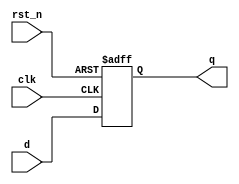
module d_flip_flop (
    input wire clk,      // Clock input
    input wire rst_n,    // Active-low reset input
    input wire d,       // Data input
    output reg q        // Data output
);

    // Sequential logic using non-blocking assignment
    always @(posedge clk or negedge rst_n) begin
        if (!rst_n) begin
            q <= 1'b0;  // Reset output to 0 on active-low reset
        end else begin
            q <= d;     // Capture data input on the rising edge of the clock
        end
    end

endmodule